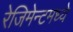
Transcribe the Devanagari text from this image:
रेजिमेन्टमध्ये